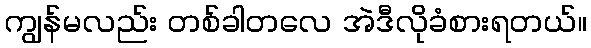
ကျွန်မလည်း တစ်ခါတလေ အဲဒီလိုခံစားရတယ်။